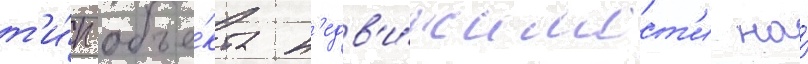
т'и́п объе́кта н'едв'и́жимост'и на́